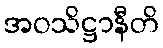
အဝသိဋ္ဌာနီတိ